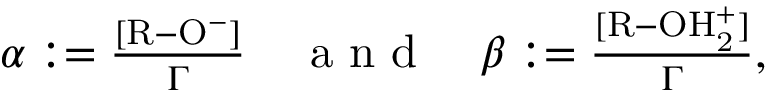
\begin{array} { r } { \alpha : = \frac { [ \mathrm { R - O ^ { - } } ] } { \Gamma } \quad \mathrm { ~ a ~ n ~ d ~ } \quad \beta : = \frac { [ \mathrm { R - O H _ { 2 } ^ { + } } ] } { \Gamma } , } \end{array}